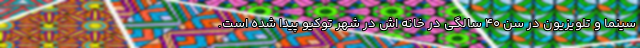
سینما و تلویزیون در سن ۴۰ سالگی در خانه اش در شهر توکیو پیدا شده است.